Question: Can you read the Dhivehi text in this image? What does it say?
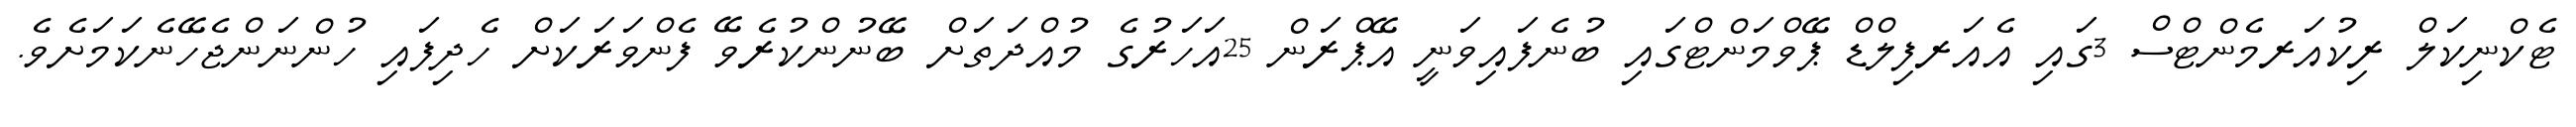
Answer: ޓެކްނިކަލް ރިކުއަރމެންޓްސް 3ގައި އެއަރފިލްޑް ޕޭވްމަންޓްގައި ބުނެފައިވަނީ އޭޕްރަން 25އަހަރުގެ މުއްދަތަށް ބޭނުންކުރެވޭ ފެންވަރަކަށް ހެދިފައި ހުންނަންޖެހޭނެކަމަށެވެ.